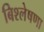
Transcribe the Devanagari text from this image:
बिश्लेषणा